Annual report of the Bengal Veterinary College and of the Civil Veterinary Department, Bengal, for the year 1914-1915 - 1914-1915
Year: 1914
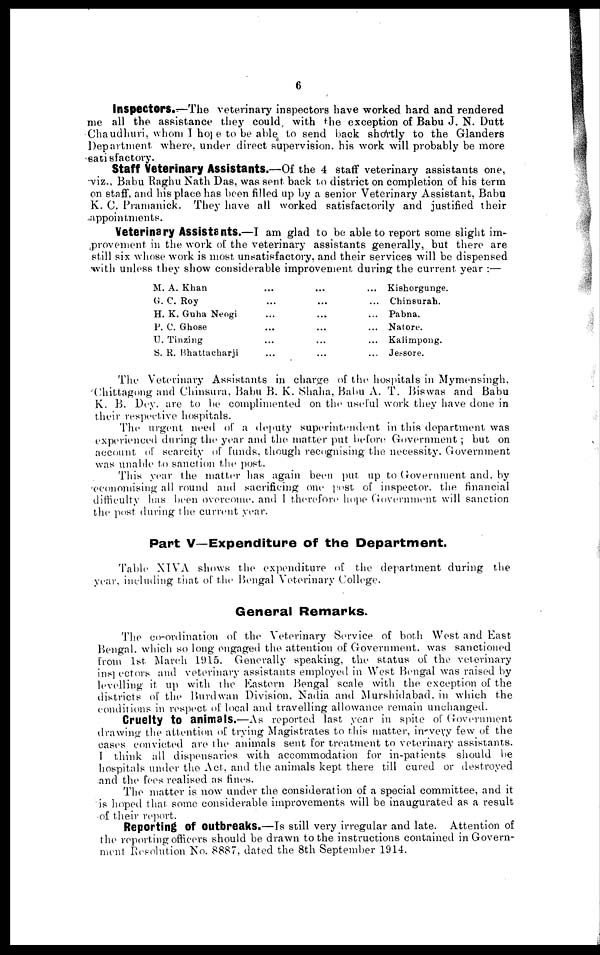
6
Inspectors.—The veterinary inspectors have worked hard and rendered
me all the assistance they could with the exception of Babu J. N. Dutt
Chaudhuri, whom I hope to be able to send back shortly to the Glanders
Department where, under direct supervision, his work will probably be more
satisfactory.
Staff Veterinary Assistants.—Of the 4 staff veterinary assistants one,
viz., Babu Raghu Nath Das, was sent back to district on completion of his term
on staff, and his place has been filled up by a senior Veterinary Assistant, Babu
K. C. Pramanick. They have all worked satisfactorily and justified their
appointments.
Veterinary Assistants.—I am glad to be able to report some slight im-
provement in the work of the veterinary assistants generally, but there are
still six whose work is most unsatisfactory, and their services will be dispensed
with unless they show considerable improvement during the current year :—
M. A. Khan
G. C. Roy
H. K. Guha Neogi
P. C. Ghose
U. Tinzing
S. R. Bhattacharji
...
...
...
...
...
...
...
...
...
...
...
...
...
...
....
...
...
...
Kishorgunge.
Chinsurah.
Pabna.
Natore.
Kalimpong.
Jessore.
The Veterinary Assistants in charge of the hospitals in Mymensingh,
Chittagong and Chinsura, Babu B. K. Shaha, Babu A. T. Biswas and Babu
K. B. Dey. are to be complimented on the useful work they have done in
their respective hospitals.
The urgent need of a deputy superintendent in this department was
experienced during the year and the matter put before Government ; but on
account of scarcity of funds, though recognising the necessity. Government
was unable to sanction the post.
This year the matter has again been put up to Government and. by
economising all round and sacrificing one post of inspector, the financial
difficulty has been overcome, and I therefore hope Government will sanction
the post during the current year.
Part V—Expenditure of the Department.
Table XIVA shows the expenditure of the department during the
year, including that of the Bengal Veterinary College.
General Remarks.
The co-ordination of the Veterinary Service of both West and East
Bengal, which so long engaged the attention of Government was sanctioned
from 1st March 1915. Generally speaking, the status of the veterinary
inspectors and veterinary assistants employed in West Bengal was raised by
levelling it up with the Eastern Bengal scale with the exception of the
districts of the Burdwan Division, Nadia and Murshidabad, in which the
conditions in respect of local and travelling allowance remain unchanged.
Cruelty to animals.—As reported last year in spite of Government
drawing the attention of trying Magistrates to this matter, in very few of the
cases convicted are the animals sent for treatment to veterinary assistants.
I think all dispensaries with accommodation for in-patients should be
hospitals under the Act, and the animals kept there till cured or destroyed
and the fees realised as fines.
The matter is now under the consideration of a special committee, and it
is hoped that some considerable improvements will be inaugurated as a result
of their report.
Reporting Of Outbreaks.—Is still very irregular and late. Attention of
the reporting officers should be drawn to the instructions contained in Govern-
ment Resolution No. 8887, dated the 8th September 1914.